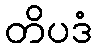
တိပဒံ